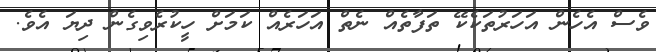
ވެސް އެހެން އަހަރުތަކެކޭ ތަފާތެއް ނެތް އަހަރެއް ކަމަށް ހީކުރެވިގެން ދިޔަ އެވެ.